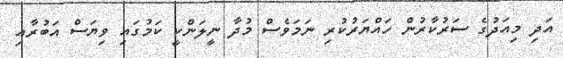
އަދި މިއަދުގެ ސަރުކާރުން ހައްޔަރުކުރި ނަމަވެސް މުދާ ނީލަންކީ ކަމުގައި ވިޔަސް އަބުރާއި